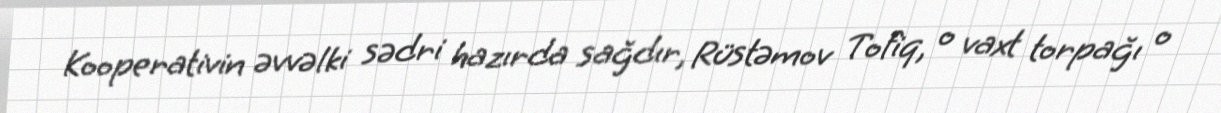
Kooperativin əvvəlki sədri hazırda sağdır, Rüstəmov Tofiq, o vaxt torpağı o